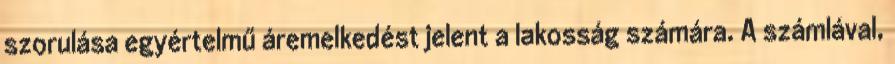
szorulása egyértelmű áremelkedést jelent a lakosság számára. A számlával,